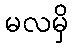
မလမှိ